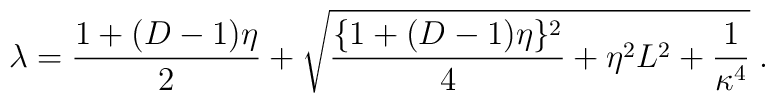
\lambda =  \frac{1 + (D-1)\eta}{2}         + \sqrt{ \frac{ \{1 + (D-1)\eta\}^2 }{ 4 }                       + \eta^2 L^2 + \frac{1}{\kappa^4}                }\;.